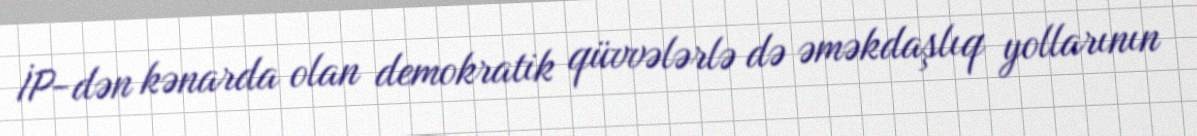
İP-dən kənarda olan demokratik qüvvələrlə də əməkdaşlıq yollarının